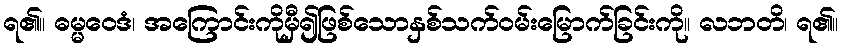
ရ၏။ ဓမ္မဝေဒံ၊ အကြောင်းကိုမှီ၍ဖြစ်သောနှစ်သက်ဝမ်းမြောက်ခြင်းကို။ လဘတိ၊ ရ၏။